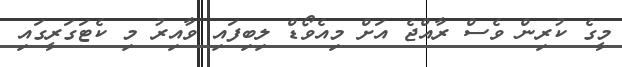
މީގެ ކުރިން ވެސް ރާއްޖެ އަށް މިއެވޯޑް ލިބިފައި ވާއިރު މި ކެޓަގަރީގައި